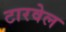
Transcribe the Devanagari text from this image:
टारवेल